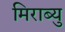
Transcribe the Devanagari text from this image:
मिराब्यु